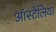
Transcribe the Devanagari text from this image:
ऑस्टेंलिया